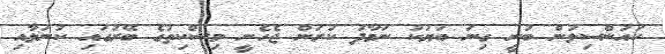
ކައުންސިލުން ބުނީ ގިނަ ބަޔަކު ނަމާދު ކުރަން ޖެހެނީ މިސްކިތުގެ ބޭރުގައި ކުނަލާއި